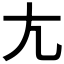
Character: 𡯁